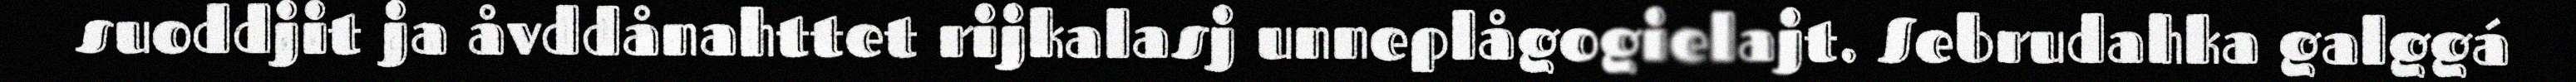
suoddjit ja åvddånahttet rijkalasj unneplågogielajt. Sebrudahka galggá